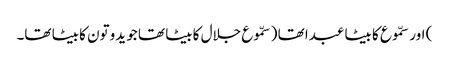
) اور سمّوع کا بیٹا عبدا تھا ( سمّوع جلال کا بیٹا تھا جو یدوتون کا بیٹا تھا۔